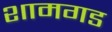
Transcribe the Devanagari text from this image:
शामगड